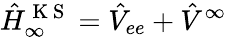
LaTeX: \hat{H}_{\infty}^{\mathrm{~K~S~}}=\hat{V}_{ee}+\hat{V}^{\infty}